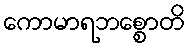
ကောမာရဘစ္စောတိ